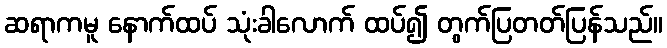
ဆရာကမူ နောက်ထပ် သုံးခါလောက် ထပ်၍ တွက်ပြတတ်ပြန်သည်။